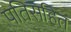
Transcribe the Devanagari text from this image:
पतिसहित